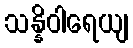
သန္နိဝါရေယျ